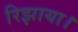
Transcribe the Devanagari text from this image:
रिझाया।